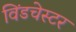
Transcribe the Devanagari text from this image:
विंडचेस्टर